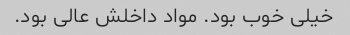
خیلی خوب بود. مواد داخلش عالی بود.